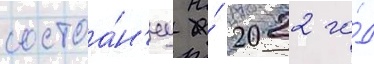
состоа́н'иу на́ 2022 го́д